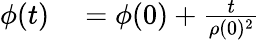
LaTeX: \begin{array}{rl}{\phi(t)}&{{}=\phi(0)+\frac{t}{\rho(0)^{2}}}\end{array}